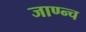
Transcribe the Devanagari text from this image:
जाण्न्च